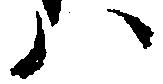
ハ